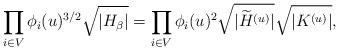
LaTeX: \begin{align*}\prod_{i\in V}\phi_i(u)^{3/2}\sqrt{|H_\beta|}=\prod_{i\in V}\phi_i(u)^2\sqrt{|\widetilde{H}^{(u)}|}\sqrt{|K^{(u)}|},\end{align*}